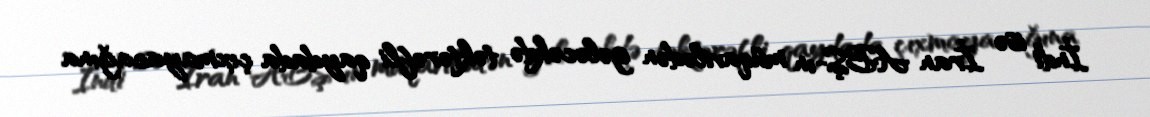
İndi isə İran ABŞ-ın müqavilədən gələcəkdə təktərəfli qaydada çıxmayacağına